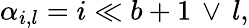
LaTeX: \alpha_{i,l}=i\ll b+1\, \lor\, l,